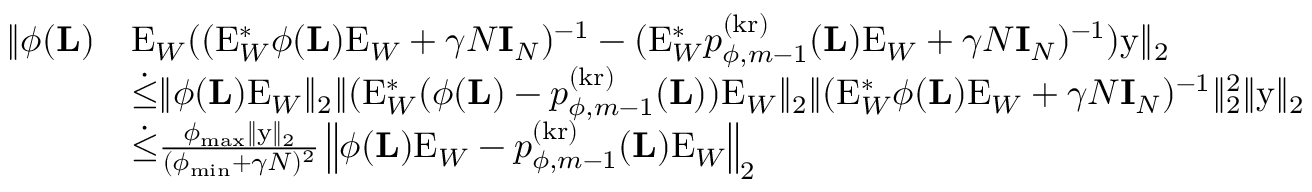
\begin{array} { r l } { \| \phi ( \mathbf { L } ) } & { \mathrm { E } _ { W } ( ( \mathrm { E } _ { W } ^ { * } \phi ( \mathbf { L } ) \mathrm { E } _ { W } + \gamma N \mathbf { I } _ { N } ) ^ { - 1 } - ( \mathrm { E } _ { W } ^ { * } p _ { \phi , m - 1 } ^ { ( \mathrm { k r } ) } ( \mathbf { L } ) \mathrm { E } _ { W } + \gamma N \mathbf { I } _ { N } ) ^ { - 1 } ) \mathrm { y } \| _ { 2 } } \\ & { \dot { \leq } \| \phi ( \mathbf { L } ) \mathrm { E } _ { W } \| _ { 2 } \| ( \mathrm { E } _ { W } ^ { * } ( \phi ( \mathbf { L } ) - p _ { \phi , m - 1 } ^ { ( \mathrm { k r } ) } ( \mathbf { L } ) ) \mathrm { E } _ { W } \| _ { 2 } \| ( \mathrm { E } _ { W } ^ { * } \phi ( \mathbf { L } ) \mathrm { E } _ { W } + \gamma N \mathbf { I } _ { N } ) ^ { - 1 } \| _ { 2 } ^ { 2 } \| \mathrm { y } \| _ { 2 } } \\ & { \dot { \leq } \frac { \phi _ { \operatorname* { m a x } } \| \mathrm { y } \| _ { 2 } } { ( \phi _ { \operatorname* { m i n } } + \gamma N ) ^ { 2 } } \left\| \phi ( \mathbf { L } ) \mathrm { E } _ { W } - p _ { \phi , m - 1 } ^ { ( \mathrm { k r } ) } ( \mathbf { L } ) \mathrm { E } _ { W } \right\| _ { 2 } } \end{array}